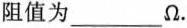
阻值为___Ω.